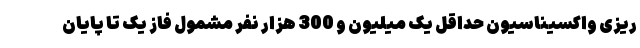
ریزی واکسیناسیون حداقل یک میلیون و 300 هزار نفر مشمول فاز یک تا پایان